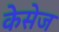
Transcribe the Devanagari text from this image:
केसेज